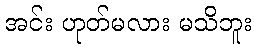
အင်း ဟုတ်မလား မသိဘူး